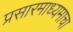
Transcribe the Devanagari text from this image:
प्रसारमाध्यमाचा